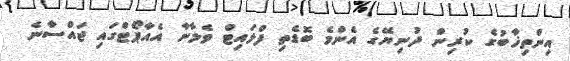
އިންތިޚާބުގެ ކުރިން ދުނިޔޭގެ އެންމެ ބޮޑެތި ފްލައިޓް ވެލާނާ އެއާޕޯޓްގައި ޖައްސާނެ